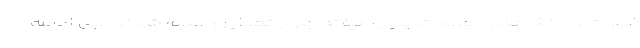
ادارات و بانک‌های دورود تا پایان هفته جاری تعطیل اعلام شدند. وی ادامه